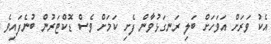
އެކު ވަރަށް އަވަހަށް ބަލި ރަނގަޅުވާން ފެށި ކަމަށް ވެސް ޑޮކްޓަރުން ބުނެފައިވެ